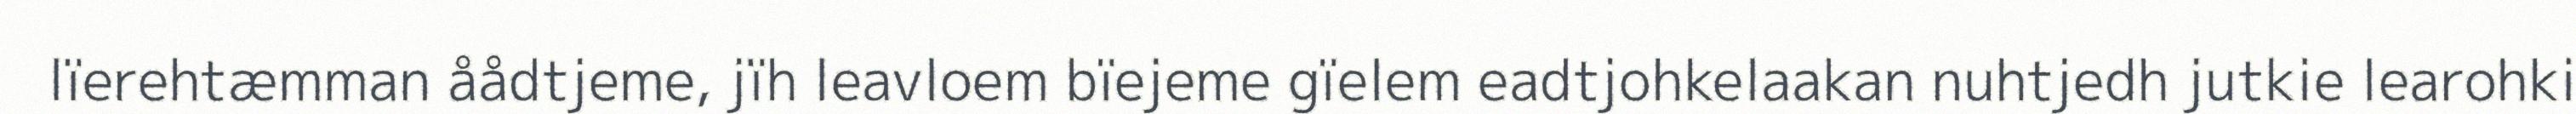
lïerehtæmman åådtjeme, jïh leavloem bïejeme gïelem eadtjohkelaakan nuhtjedh jutkie learohki